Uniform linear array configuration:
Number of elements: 12
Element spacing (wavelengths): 1
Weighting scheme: exponential
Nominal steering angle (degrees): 0
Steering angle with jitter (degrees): -0.3468
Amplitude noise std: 0.05
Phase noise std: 0.05

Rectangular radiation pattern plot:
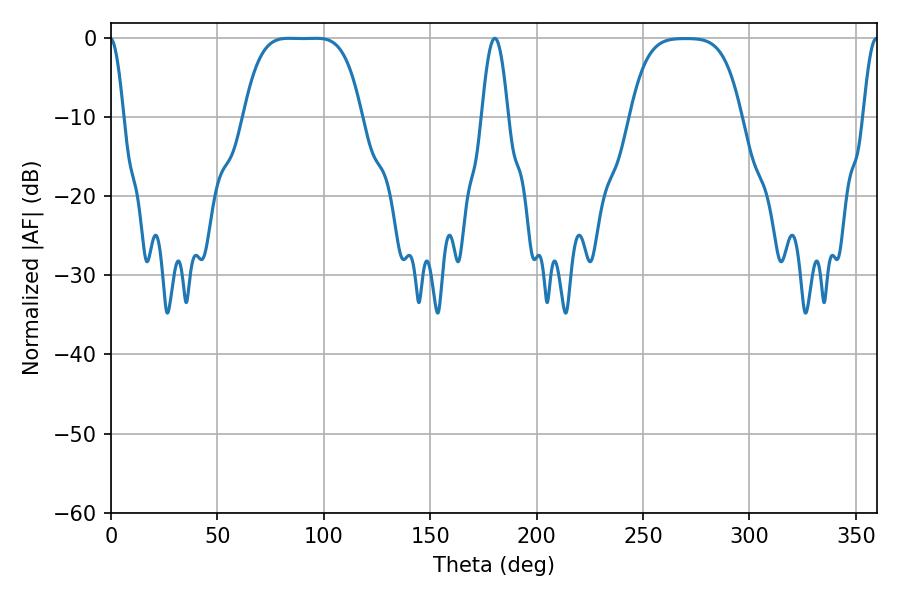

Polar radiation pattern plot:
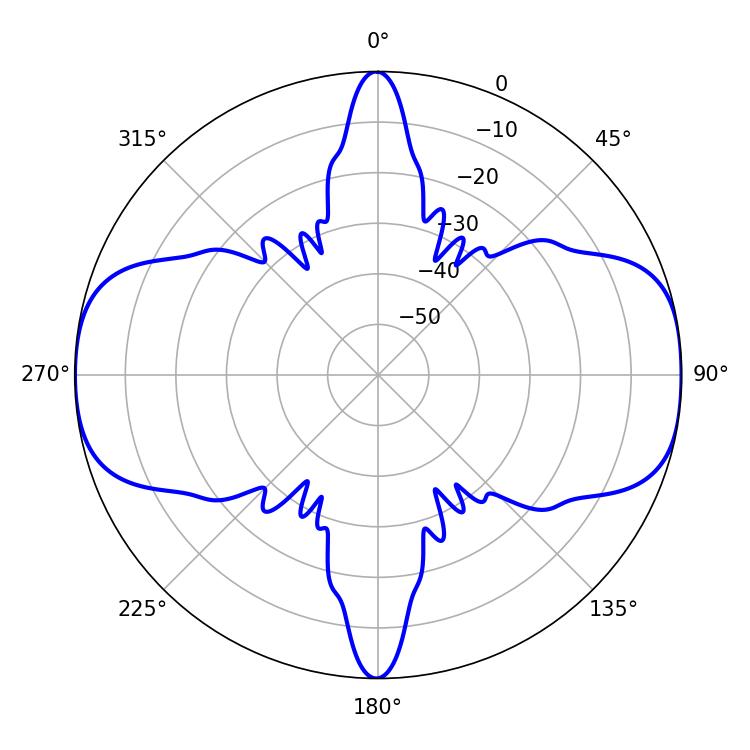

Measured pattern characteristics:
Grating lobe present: TRUE
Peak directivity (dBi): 14.146
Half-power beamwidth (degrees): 6.84
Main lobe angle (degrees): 180.36